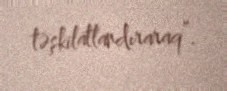
təşkilatlandıraraq”.